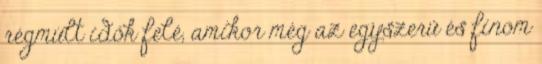
régmúlt idők felé, amikor még az egyszerű és finom